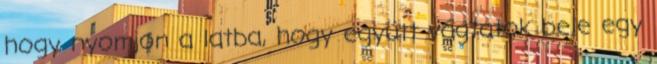
hogy nyomjon a latba, hogy együtt vágtatok bele egy